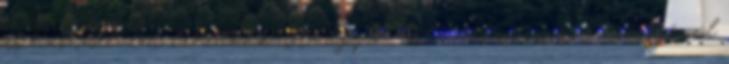
és haszonélvezői lehetünk. Az egyik történetben csak a hiányával